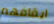
ايقافهم